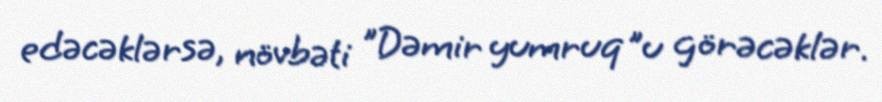
edəcəklərsə, növbəti ”Dəmir yumruq"u görəcəklər.